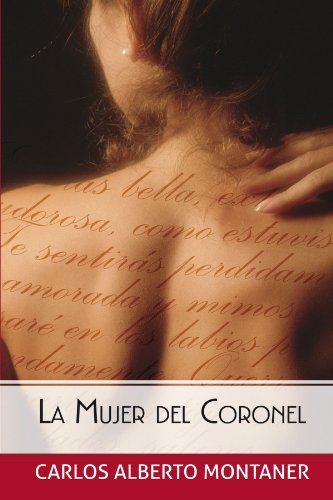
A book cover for La mujer del Coronel (Spanish Edition); Carlos Alberto Montaner; Romance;